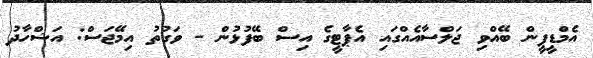
އެމްޑީޕީން ބޭއްވި ޖަލްސާއެއްގައި އެޕާޓީގެ އިސް ބޭފުޅުން - ވަގުތު އިމޭޖަސް: އަޝްހާދު